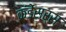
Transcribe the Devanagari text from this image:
कंडेंसर्स